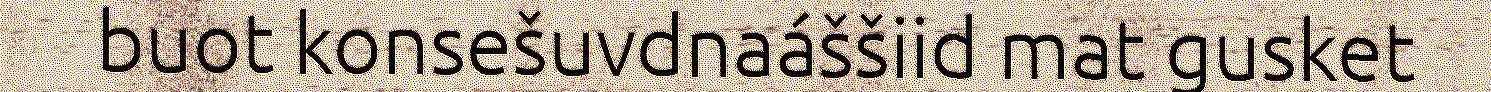
buot konsešuvdnaáššiid mat gusket